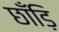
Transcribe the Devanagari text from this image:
छाँड़ि